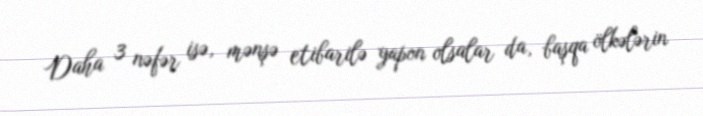
Daha 3 nəfər isə, mənşə etibarilə yapon olsalar da, başqa ölkələrin